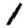
Digit: 1